Vaccination in Bombay 1869-1873 - 1869-1873
Year: 1869
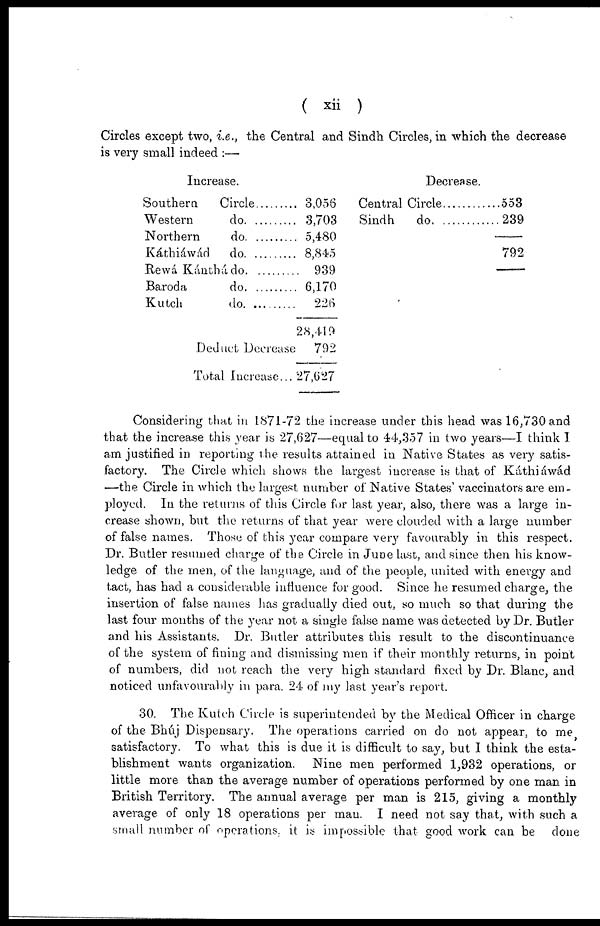
( xii )
Circles except two, i.e., the Central and Sindh Circles, in which the decrease
is very small indeed :—
Increase.
Southern Circle............
Western
do
Northern
do
Káthiáwád do. ...........
Rewá Kánthá do
Baroda
do
Kutch do..........
Deduct Decrease
Total Increase...
3,056
3,703
5,480
8,845
939
6,170
226
28,419
792
27,627
Decrease.
Central Circle......
Sindh
do
553
239
792
Considering that in 1871-72 the increase under this head was 16,730 and
that the increase this year is 27,627—equal to 44,357 in two years—I think 1
am justified in reporting the results attained in Native States as very satis-
factory. The Circle which shows the largest increase is that of Káthiáwád
—the Circle in which the largest number of Native States' vaccinators are em-
ployed. In the returns of this Circle for last year, also, there was a large in-
crease shown, but the returns of that year were clouded with a large number
of false names. Those of this year compare very favourably in this respect.
Dr. Butler resumed charge of the Circle in June last, and since then his know-
ledge of the men, of the language, and of the people, united with energy and
tact, has had a considerable influence for good. Since he resumed charge, the
insertion of false names has gradually died out, so much so that during the
last four months of the year not a single false name was detected by Dr. Butler
and his Assistants. Dr. Butler attributes this result to the discontinuance
of the system of fining and dismissing men if their monthly returns, in point
of numbers, did not reach the very high standard fixed by Dr. Blanc, and
noticed unfavourably in para. 24 of my last year's report.
30. The Kutch Circle is superintended by the Medical Officer in charge
of the Bhúj Dispensary. The operations carried on do not appear, to me,
satisfactory. To what this is due it is difficult to say, but I think the esta-
blishment wants organization. Nine men performed 1,932 operations, or
little more than the average number of operations performed by one man in
British Territory. The annual average per man is 215, giving a monthly
average of only 18 operations per man. I need not say that, with such a
small number of operations, it is impossible that good work can be done